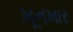
ખૂનખાર